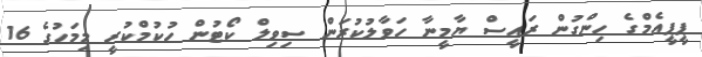
ޕީޕީއެމްގެ ހިންގުން ރައީސް ޔާމީނާ ހަވާލުކުރަން ސިވިލް ކޯޓުން ހުކުމްކުރީ މިމަހުގެ 16